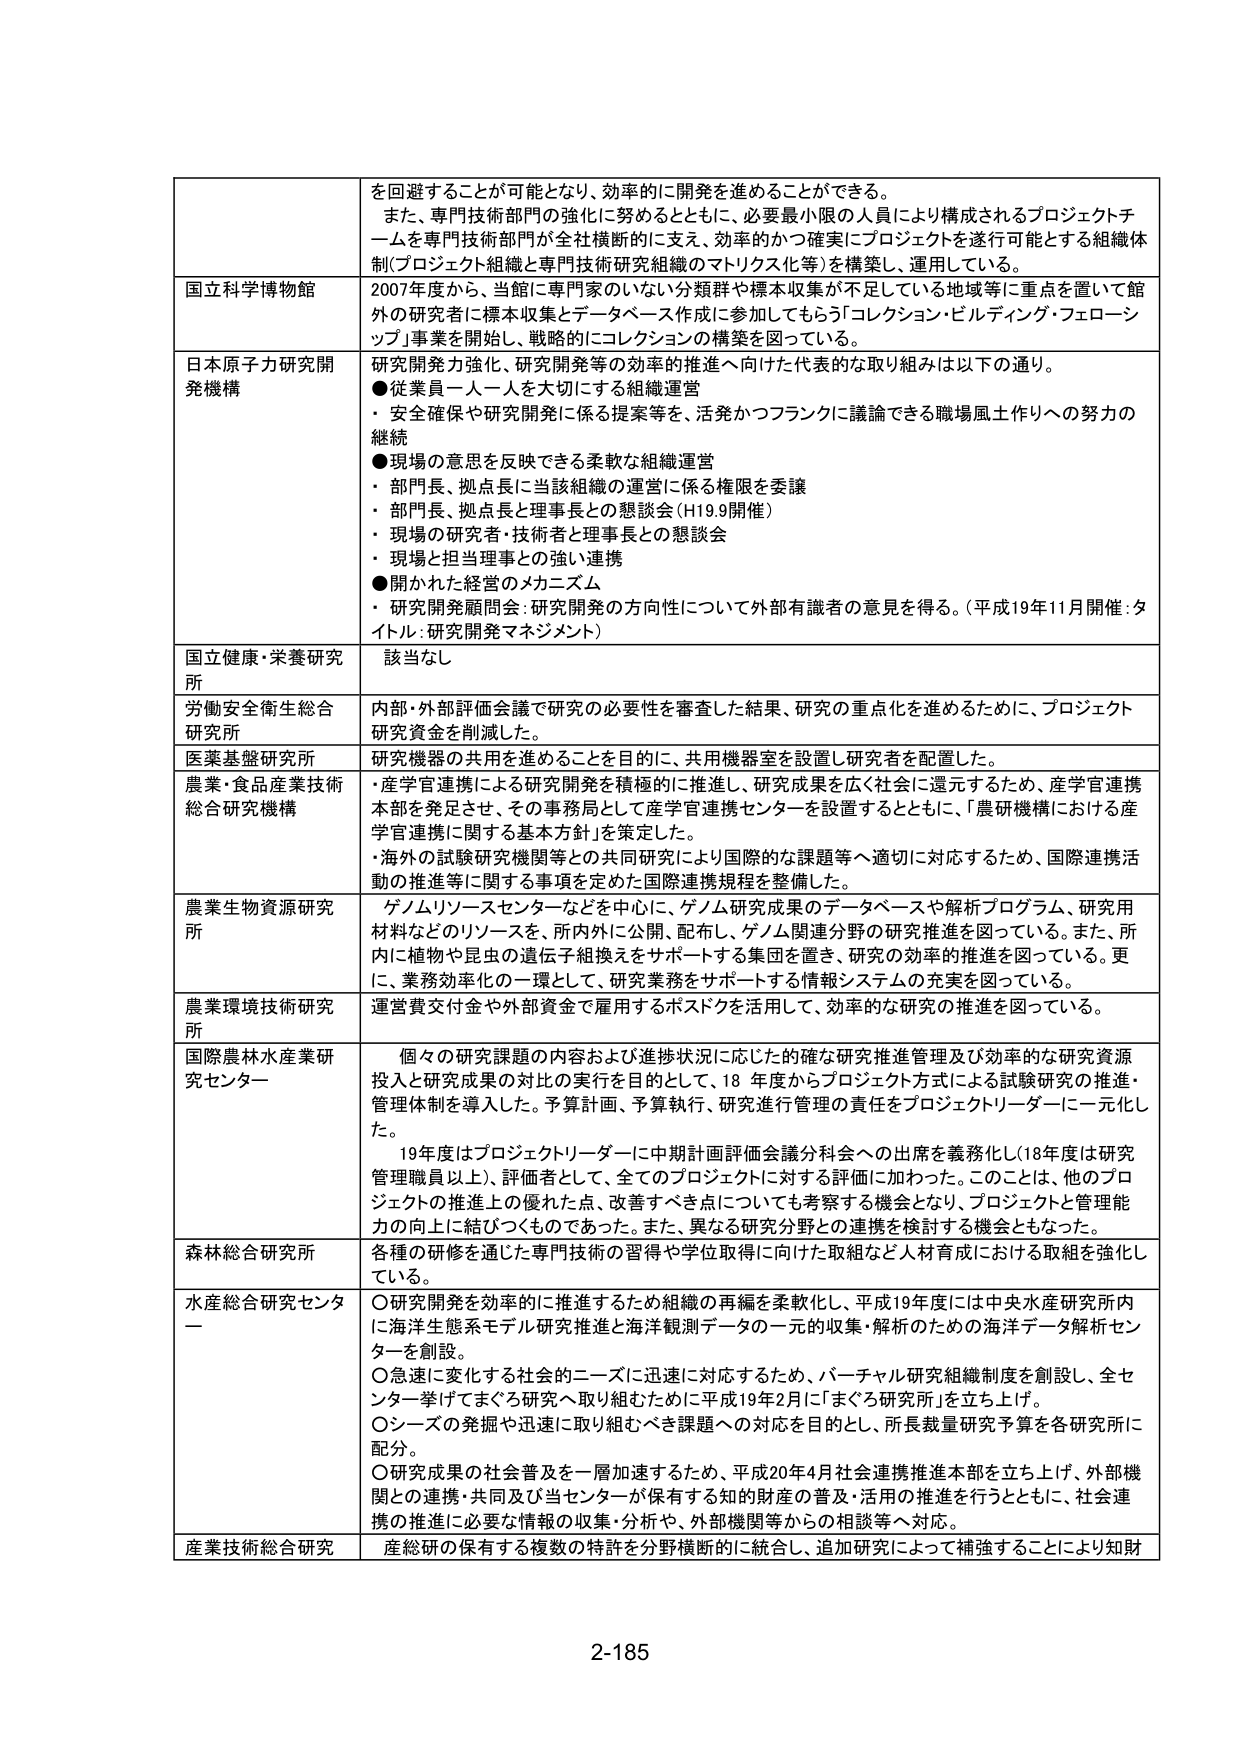
を回避することが可能となり、効率的に開発を進めることができる。
また、専門技術部門の強化に努めるとともに、必要最小限の人員により構成されるプロジェクトチームを専門技術部門が全社横断的に支え、効率的かつ確実にプロジェクトを遂行可能とする組織体制（プロジェクト組織と専門技術研究組織のマトリクス化等）を構築し、運用している。

国立科学博物館
2007年度から、当館に専門家のいない分類群や標本収集が不足している地域等に重点を置いて館外の研究者に標本収集とデータベース作成に参加してもらう「コレクション・ビルディング・フェローシップ」事業を開始し、戦略的にコレクションの構築を図っている。

日本原子力研究開発機構
研究開発力強化、研究開発等の効率的推進へ向けた代表的な取り組みは以下の通り。
●従業員一人一人を大切にする組織運営
・安全確保や研究開発に係る提案等を、活発かつフランクに議論できる職場風土作りへの努力の継続
●現場の意思を反映できる柔軟な組織運営
・部門長、拠点長に当該組織の運営に係る権限を委譲
・部門長、拠点長と理事長との懇談会（H19.9開催）
・現場の研究者・技術者と理事長との懇談会
・現場と担当理事との強い連携
●開かれた経営のメカニズム
・研究開発顧問会：研究開発の方向性について外部有識者の意見を得る。（平成19年11月開催：タイトル：研究開発マネジメント）

国立健康・栄養研究所
該当なし

労働安全衛生総合研究所
内部・外部評価会議で研究の必要性を審査した結果、研究の重点化を進めるために、プロジェクト研究資金を削減した。

医薬基盤研究所
研究機器の共用を進めることを目的に、共用機器室を設置し研究者を配置した。

農業・食品産業技術総合研究機構
・産学官連携による研究開発を積極的に推進し、研究成果を広く社会に還元するため、産学官連携本部を発足させ、その事務局として産学官連携センターを設置するとともに、「農研機構における産学官連携に関する基本方針」を策定した。
・海外の試験研究機関等との共同研究により国際的な課題等へ適切に対応するため、国際連携活動の推進等に関する事項を定めた国際連携規程を整備した。

農業生物資源研究所
ゲノムリソースセンターなどを中心に、ゲノム研究成果のデータベースや解析プログラム、研究用材料などのリソースを、所内外に公開、配布し、ゲノム関連分野の研究推進を図っている。また、所内に植物や昆虫の遺伝子組換えをサポートする集団を置き、研究の効率的推進を図っている。更に、業務効率化の一環として、研究業務をサポートする情報システムの充実を図っている。

農業環境技術研究所
運営費交付金や外部資金で雇用するポスドクを活用して、効率的な研究の推進を図っている。

国際農林水産業研究センター
個々の研究課題の内容および進捗状況に応じた確な研究推進管理及び効率的な研究資源投入と研究成果の対比の実行を目的として、18年度からプロジェクト方式による試験研究の推進・管理体制を導入した。予算計画、予算執行、研究進行管理の責任をプロジェクトリーダーに一元化した。
19年度はプロジェクトリーダーに中期計画評価会議分科会への出席を義務化し（18年度は研究管理職員以上）、評価者として、全てのプロジェクトに対する評価に加わった。このことは、他のプロジェクトの推進上の優れた点、改善すべき点についても考察する機会となり、プロジェクトと管理能力の向上に結びつくものであった。また、異なる研究分野との連携を検討する機会ともなった。

森林総合研究所
各種の研修を通じた専門技術の習得や学位取得に向けた取組など人材育成における取組を強化している。

水産総合研究センター
〇研究開発を効率的に推進するため組織の再編を柔軟化し、平成19年度には中央水産研究所内に海洋生態系モデル研究推進と海洋観測データの一元的収集・解析のための海洋データ解析センターを創設。
〇急速に変化する社会的ニーズに迅速に対応するため、バーチャル研究組織制度を創設し、全センター挙げてまくろ研究へ取り組むために平成19年2月に「まくろ研究所」を立ち上げ。
〇シーズの発掘や迅速に取り組むべき課題への対応を目的とし、所長裁量研究予算を各研究所に配分。
〇研究成果の社会普及を一層加速するため、平成20年4月社会連携推進本部を立ち上げ、外部機関との連携・共同及び当センターが保有する知的財産の普及・活用の推進を行うとともに、社会連携の推進に必要な情報の収集・分析や、外部機関等からの相談等へ対応。

産業技術総合研究
産総研の保有する複数の特許を分野横断的に統合し、追加研究によって補強することにより知財

2-185